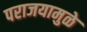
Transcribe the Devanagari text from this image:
पराजयामुळे